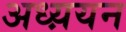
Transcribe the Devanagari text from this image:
अध्य़यन